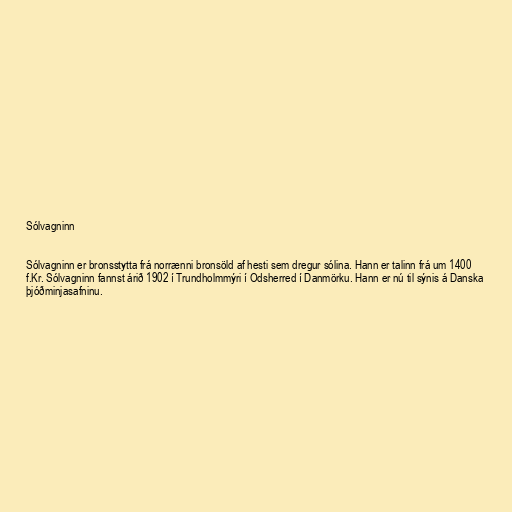
Sólvagninn

Sólvagninn er bronsstytta frá norrænni bronsöld af hesti sem dregur sólina. Hann er talinn frá um 1400
f.Kr. Sólvagninn fannst árið 1902 í Trundholmmýri í Odsherred í Danmörku. Hann er nú til sýnis á Danska
þjóðminjasafninu.